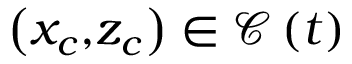
{ \displaystyle \left( { \displaystyle x _ { c } , } z _ { c } \right) \in { \displaystyle \mathcal { C } \left( t \right) } }